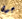
جوى